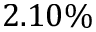
2 . 1 0 \%